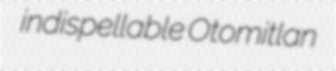
indispellable Otomitlan